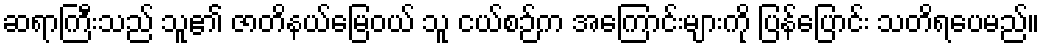
ဆရာကြီးသည် သူ၏ ဇာတိနယ်မြေဝယ် သူ ငယ်စဉ်က အကြောင်းများကို ပြန်ပြောင်း သတိရပေမည်။